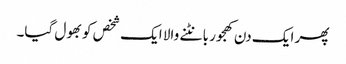
پھر ایک دن کھجور بانٹنے والا ایک شخص کو بھول گیا۔